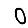
Digit: 0